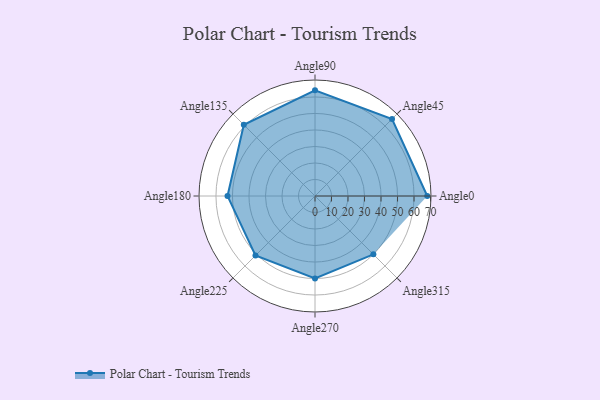
{"axis": {"x": "Angle", "y": "Radius"}, "legend": [""], "data": [{"x": "Angle0", "y": 68.0, "type": ""}, {"x": "Angle45", "y": 66.0, "type": ""}, {"x": "Angle90", "y": 64.0, "type": ""}, {"x": "Angle135", "y": 61.0, "type": ""}, {"x": "Angle180", "y": 53.0, "type": ""}, {"x": "Angle225", "y": 51.0, "type": ""}, {"x": "Angle270", "y": 50, "type": ""}, {"x": "Angle315", "y": 50, "type": ""}]}